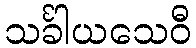
သင်္ခါယသေဝီ